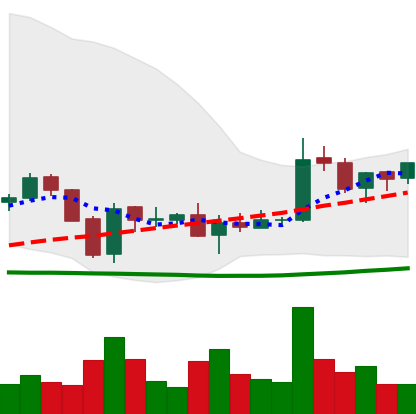
Ticker: EOS-USD
Chart end date: 2018-06-07
Forward return: -29.937%
Label: down_7plus